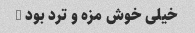
خیلی خوش مزه و ترد بود …